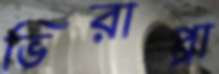
ভিরাপ্পা